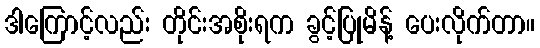
ဒါကြောင့်လည်း တိုင်းအစိုးရက ခွင့်ပြုမိန့် ပေးလိုက်တာ။